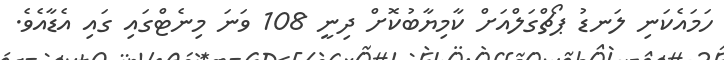
ހަމައެކަނި ލަނޑު ޕޯޗްގަލްއަށް ކާމިޔާބުކޮށް ދިނީ 108 ވަނަ މިނެޓްގައި ގައި އެޑާއެވެ.